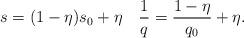
LaTeX: \begin{align*}s=(1-\eta)s_0+\eta\quad\frac{1}{q}=\frac{1-\eta}{q_0}+\eta.\end{align*}